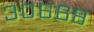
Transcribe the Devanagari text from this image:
३०६६८